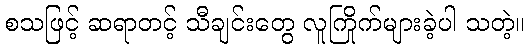
စသဖြင့် ဆရာတင့် သီချင်းတွေ လူကြိုက်များခဲ့ပါ သတဲ့။